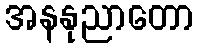
အနနုညာတော